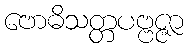
ဗောဓိသတ္တပဗ္ဗဇ္ဇာ